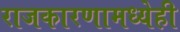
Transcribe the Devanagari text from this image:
राजकारणामध्येही